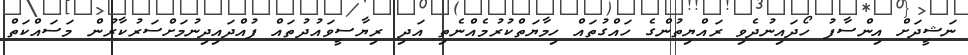
ނަޝީދަށް އިންސާފު ހޯދައިނުދެވި ރައްޔިތުންގެ ހައްގުތައް ހިމާޔަތްކުރުމެއްނެތި އަދި ރިޔާސީވައުދުތައް ފުއްދައިދިނުމަށްސަރުކާރުން މަސައްކަތް